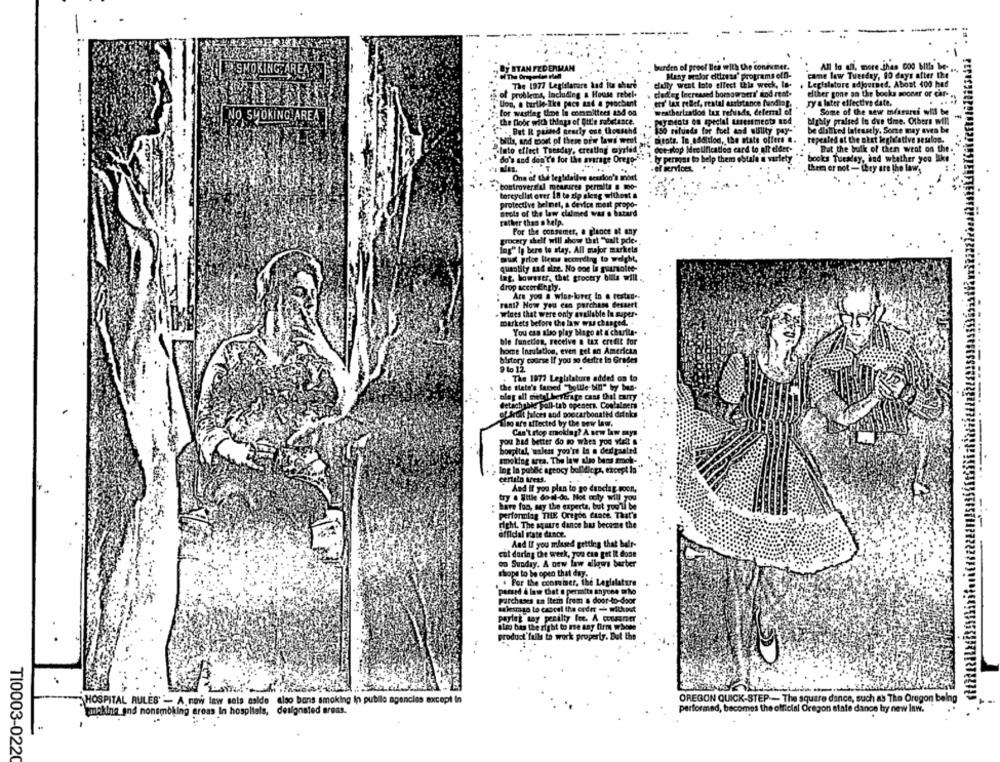
y STAN FEDERMAN
burden of proof Bles with the condumer.
All lo all, more jhas 000 billa be- ...
Many weolor citizens' programs off-
comme low Tuesday, 90 days after the"
The 1977 Legislature and its share
dfully went Into elfect this week, In-
Legislature adjourned, About 100 had
of problems, Including a House rebel-
cledeg lecreased borsawaeri' and rat.
eliker gone on the books sooner or cafe -
Uon, a turtle-Ike pace and a procbant
ets' lax reflet, reatal assistance fundlol.
Jy a later effective date.
. for wastlag tipe le committees and on
weathertratlod tax refunds, deferral of
Some of the new miarares will be
NO SMOKING ARE
the floor with things of Qit's substance.
wyments on special usersments mod
highly praised in due time. Others will
.But It passed ceacly one thousand
150 refunds for foel dad willity pay-'
be dlatired lafessely. Some may even be
"bills, and port of these new laws went .. mirate. In addition, the state offers ..
repealed at the utet legislative sesalon.
"into effect Tuesday, creating myrlid
doe-slop Mretification card to aft elder-
But the bulk of then went on the.
do's and don't'o for the average Orego-
` ty persgar to help them obtale a variety
books Tuesday, and whether you like
el services.
thems er not - they are the law.
One of the legidalive sexslor
controversial measures permite a mo-
torcydie over 18 te zip aleng withest &
protective belmet, a device most propo-
stols of the law claimed was o histard
rather than a help.
For the consumer, a glance at any
grocery shell will show that "valt pdie-
Ing" ty bere to stay. All major markets
must price items according to weight,
quantity and aire. No one is guarsolte-
lag, however, that grocery billa will .
drop accorEngly.
Are you a wise-loret in a restad --
rant? How you can purchase dessert
- wines that were only available In super-
markets before the law was changed. .
You can also play Mago at a churlle-
ble function, receive a tax credit for
home Insulation, even get an American
bistory course If you so desire in Grades
9 to 12.
. The 1977 Legislature added on to
the state's faced "bottle bin" by bus-
bleg all mittel bergrage cans that carry
detachable pall-tab openers. Containers
of fruit jalces and poocarbonated drinks
Tiro are affected by the new law.
Can't stop smoking? A new law says
you had better do to when you vielt .
hospital, unless you're In a dedigaaled
smoking area. The law ale bens smook-
Ing In public agency buildings, except in "
certain irees.
And if you plan to go dancing. soon,
try a litle do-al-do. Not only will you
have fun, may the experts, but you'll be
performing THE Origda Cance. That's
right. The square dance has become the
official itate dince.
And If you missed getting that balr-
cat during the week, you can get It done
on Sunday. A new faw allows berber
shops to be open that day.
. . For the ccomeiner, the Legislature
passed & law that a permite anyone who
Purchases an Iteth frem a door-to-door
salesgo to czocel the order - without
Pariet tay perilty fee. A consumer
almo has the right to me any firme whose
product'fulls to work property. But the
HOSPITAL RULES - A new law sets aside also bans smoking In public agencies except In
OREGON QUICK-STEP - The square dance, such as The Oregon being
performed, becomes the official Oregon state dance by new Inw.
treking and nonsmoking areas In hospitals, designated areas.
T10003-0220